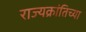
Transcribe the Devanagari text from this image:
राज्यक्रांतिच्या